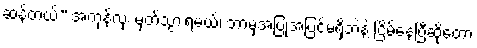
ဆန့်တယ်” အကုန်လုံး မှတ်သွားရမယ်၊ ဘာမှအပြုအပြင်မရှိဘဲနဲ့ ငြိမ်နေပြီဆိုတော့